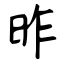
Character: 昨